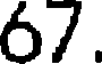
67.